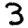
Digit: 3